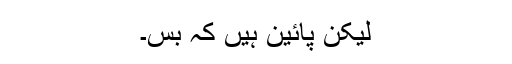
لیکن پائین ہیں کہ بس۔